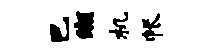
巴缬机帐